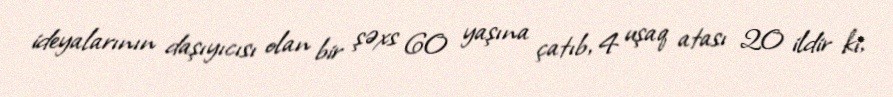
ideyalarının daşıyıcısı olan bir şəxs 60 yaşına çatıb, 4 uşaq atası 20 ildir ki,